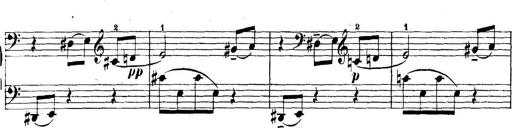
Title: 5 Sonatinas
Composer: Theodor Kirchner